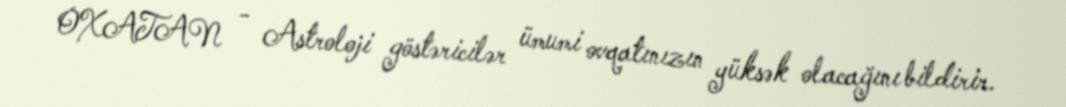
OXATAN - Astroloji göstəricilər ümumi ovqatınızın yüksək olacağını bildirir.